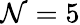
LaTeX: \mathcal{N}=5